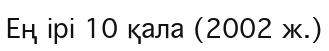
Ең ірі 10 қала (2002 ж.)